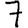
Digit: 7